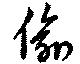
偸